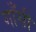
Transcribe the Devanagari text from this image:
गाँसी